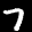
Label: 7